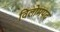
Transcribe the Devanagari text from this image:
विलोमपद